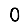
Digit: 0